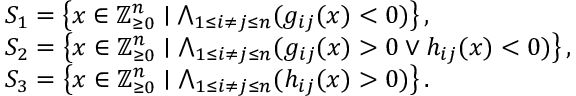
\begin{array} { r l } & { S _ { 1 } = \left\{ x \in \mathbb Z _ { \ge 0 } ^ { n } \mid \bigwedge _ { 1 \leq i \neq j \leq n } ( g _ { i j } ( x ) < 0 ) \right\} , } \\ & { S _ { 2 } = \left\{ x \in \mathbb Z _ { \ge 0 } ^ { n } \mid \bigwedge _ { 1 \leq i \neq j \leq n } ( g _ { i j } ( x ) > 0 \vee h _ { i j } ( x ) < 0 ) \right\} , } \\ & { S _ { 3 } = \left\{ x \in \mathbb Z _ { \ge 0 } ^ { n } \mid \bigwedge _ { 1 \leq i \neq j \leq n } ( h _ { i j } ( x ) > 0 ) \right\} . } \end{array}